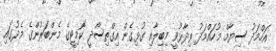
އަހްމަދު ސިޔާމް މުހައްމަދު ވިދާޅުވީ މިބިލާއި ގުޅިގެން އިގްތިސޯދީ ކޮމިޓީގެ މެންބަރުންގެ މެދުގައި